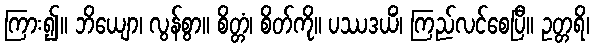
ကြား၍။ ဘိယျော၊ လွန်စွာ။ စိတ္တံ၊ စိတ်ကို။ ပဿဒယိံ၊ ကြည်လင်စေပြီ။ ဥတ္တရိ၊